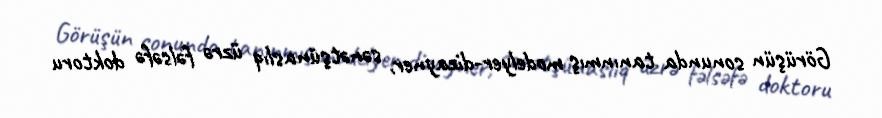
Görüşün sonunda tanınmış modelyer-dizayner, sənətşünaslıq üzrə fəlsəfə doktoru